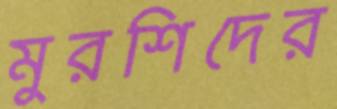
মুরশিদের